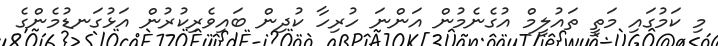
މި ކަމުގައި މަތީ ތައުލީމް އުގެނެމުން އަންނަ ހުރިހާ ކުދިން ބައިވެރިކުރުން އަޅުގަނޑުމެންގެ